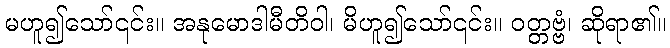
မဟူ၍သော်၎င်း။ အနုမောဒါမီတိဝါ၊ မိဟူ၍သော်၎င်း။ ဝတ္တဗ္ဗံ၊ ဆိုရာ၏။